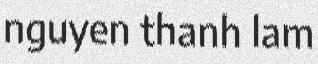
nguyen thanh lam